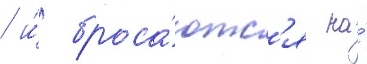
/ и́ броса́ютс'я на́